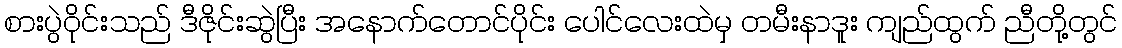
စားပွဲဝိုင်းသည် ဒီဇိုင်းဆွဲပြီး အနောက်တောင်ပိုင်း ပေါင်လေးထဲမှ တမီးနာဒူး ကျည်ထွက် ညီတို့တွင်